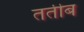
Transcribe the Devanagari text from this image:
तर्तीब